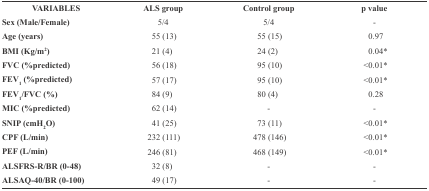
| VARIABLES | ALS group | Control group | p value |
 | --- | --- | --- | --- |
 | Sex (Male/Female) | 5/4 | 5/4 | - |
 | Age (years) | 55 (13) | 55 (15) | 0.97 |
 | BMI (Kg/m2) | 21 (4) | 24 (2) | 0.04* |
 | FVC (%predicted) | 56 (18) | 95 (10) | <0.01* |
 | FEV1 (%predicted) | 57 (17) | 95 (10) | <0.01* |
 | FEV1/FVC (%) | 84 (9) | 80 (4) | 0.28 |
 | MIC (%predicted) | 62 (14) | - | - |
 | SNIP (cmH2O) | 41 (25) | 73 (11) | <0.01* |
 | CPF (L/min) | 232 (111) | 478 (146) | <0.01* |
 | PEF (L/min) | 246 (81) | 468 (149) | <0.01* |
 | ALSFRS-R/BR (0-48) | 32 (8) | - | - |
 | ALSAQ-40/BR (0-100) | 49 (17) | - | - |